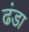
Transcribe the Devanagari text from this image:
ढंडा